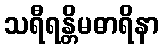
သရီရန္တိမဓာရိနာ